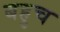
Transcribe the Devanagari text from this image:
बहुच